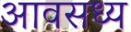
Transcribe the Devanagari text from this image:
आवसध्य